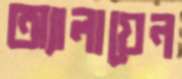
অ্যালায়েন